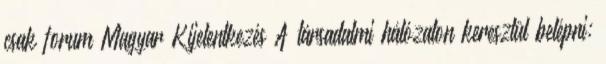
csak forum Magyar Kijelentkezés A társadalmi hálózaton keresztül belépni: